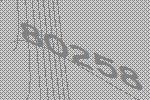
80258